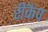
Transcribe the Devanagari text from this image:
रीकैप